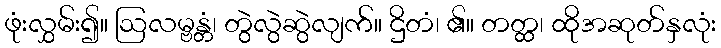
ဖုံးလွှမ်း၍။ ဩလမ္ဗန္တံ၊ တွဲလွဲဆွဲလျက်။ ဌိတံ၊ ၏။ တတ္ထ၊ ထိုအဆုတ်နှလုံး